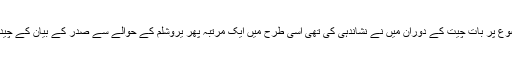
جیسا کہ 10 روز قبل اس موضوع پر بات چیت کے دوران میں نے نشاندہی کی تھی اسی طرح میں ایک مرتبہ پھر یروشلم کے حوالے سے صدر کے بیان کے چیدہ نکات کی وضاحت کروں گی۔